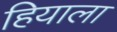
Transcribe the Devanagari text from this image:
हियाला